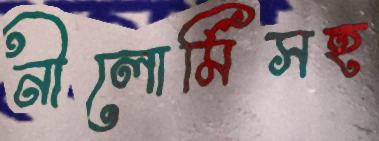
নীলোর্মিসহ